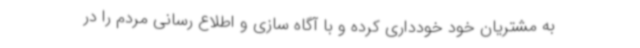
به مشتریان خود خودداری کرده و با آگاه سازی و اطلاع رسانی مردم را در